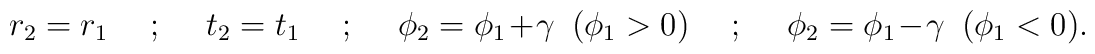
r_2 = r_1 ~~~~~;~~~~~ t_2 = t_1 ~~~~~;~~~~~ \phi_2 = \phi_1 + \gamma ~~ (\phi_1 > 0) ~~~~~;~~~~~ \phi_2 = \phi_1 - \gamma ~~ (\phi_1 <0 ).